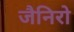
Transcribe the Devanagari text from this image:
जैनिरो